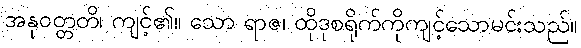
အနုဝတ္တတိ၊ ကျင့်၏။ သော ရာဇ၊ ထိုဒုစရိုက်ကိုကျင့်သောမင်းသည်။